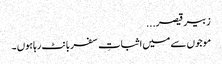
زبیر قیصر...
موجوں سے میں اثباتِ سفر بانٹ رہاہوں ۔